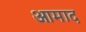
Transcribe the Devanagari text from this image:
आमाद